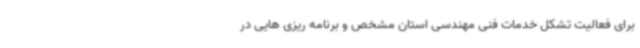
برای فعالیت تشکل خدمات فنی مهندسی استان مشخص و برنامه ریزی هایی در